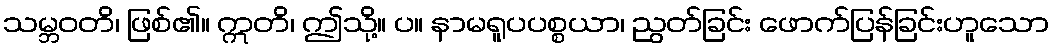
သမ္ဘဝတိ၊ ဖြစ်၏။ ဣတိ၊ ဤသို့။ ပ။ နာမရူပပစ္စယာ၊ ညွတ်ခြင်း ဖောက်ပြန်ခြင်းဟူသော